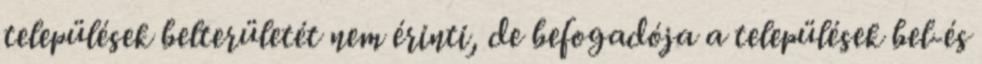
települések belterületét nem érinti, de befogadója a települések bel-és